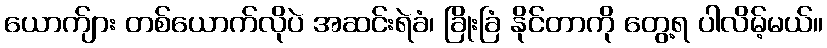
ယောက်ျား တစ်ယောက်လိုပဲ အဆင်းရဲခံ၊ ခြိုးခြံ နိုင်တာကို တွေ့ရ ပါလိမ့်မယ်။